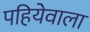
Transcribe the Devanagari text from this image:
पहियेवाला